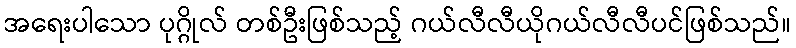
အရေးပါသော ပုဂ္ဂိုလ် တစ်ဦးဖြစ်သည့် ဂယ်လီလီယိုဂယ်လီလီပင်ဖြစ်သည်။